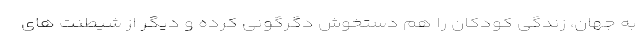
به جهان، زندگی کودکان را هم دستخوش دگرگونی کرده و دیگر از شیطنت های